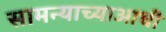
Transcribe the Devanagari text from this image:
सामन्याच्याआधी